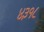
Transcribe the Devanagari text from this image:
४३१८